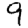
Digit: 9